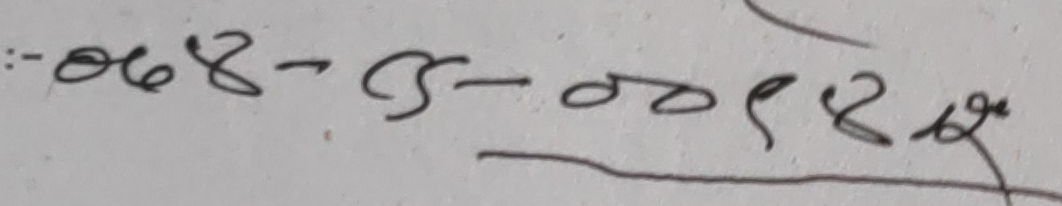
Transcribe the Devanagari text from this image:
:-०८४-८-००१९८२१९